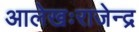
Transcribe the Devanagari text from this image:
आलेखःराजेन्द्र